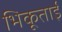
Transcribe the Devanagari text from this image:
भिकूताई